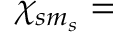
\chi _ { s m _ { s } } =